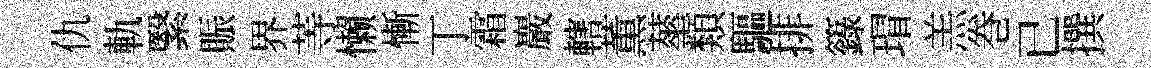
仇軌繄賑界䓁懒慚丁霜巖轄薫蕐類驅排籙瑁羔巻已撰